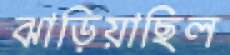
ঝাড়িয়াছিল